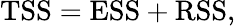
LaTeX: \mathrm{TSS}=\mathrm{ESS}+\mathrm{RSS},